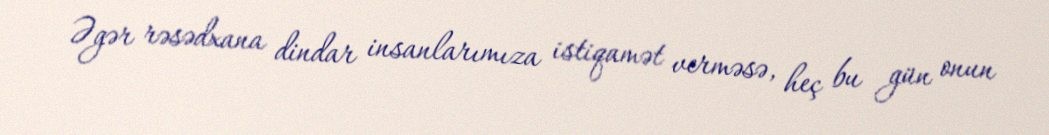
Əgər rəsədxana dindar insanlarımıza istiqamət verməsə, heç bu gün onun